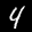
Label: 4